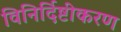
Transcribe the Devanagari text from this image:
विनिर्दिष्टीकरण